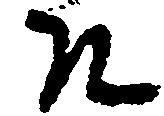
そ